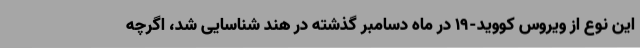
این نوع از ویروس کووید-19 در ماه دسامبر گذشته در هند شناسایی شد، اگرچه